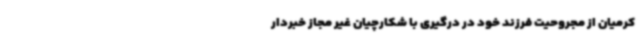
کرمیان از مجروحیت فرزند خود در درگیری با شکارچیان غیر مجاز خبردار